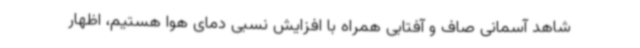
شاهد آسمانی صاف و آفتابی همراه با افزایش نسبی دمای هوا هستیم، اظهار